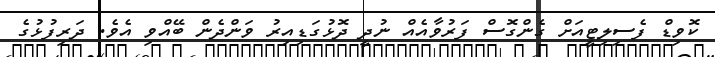
ކޮވިޑް ފެސިލިޓީއަށް ގެންގޮސް ފަރުވާއެއް ނުދީ ދޮޅުގަޑިއިރު ވަންދެން ބޭއްވި އެވެ. ދަރިފުޅުގެ